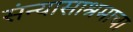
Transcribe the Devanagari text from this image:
संन्यासाश्रमाचा